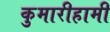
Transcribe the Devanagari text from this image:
कुमारीहामी